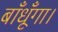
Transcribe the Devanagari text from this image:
बाँधूँगा।